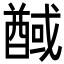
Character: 䤋